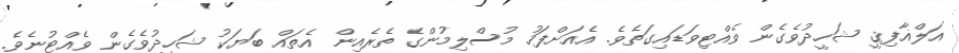
އަލްޣާފިޤީ ޝަހީދުވެގެން ވެއްޓިވަޑައިގަތެވެ. އެއަށްފަހު މުސްލިމުންގެ ތެރެއިން އެތައް ބަޔަކު ޝަހީދުވެގެން ވެއްޓުނެވެ.